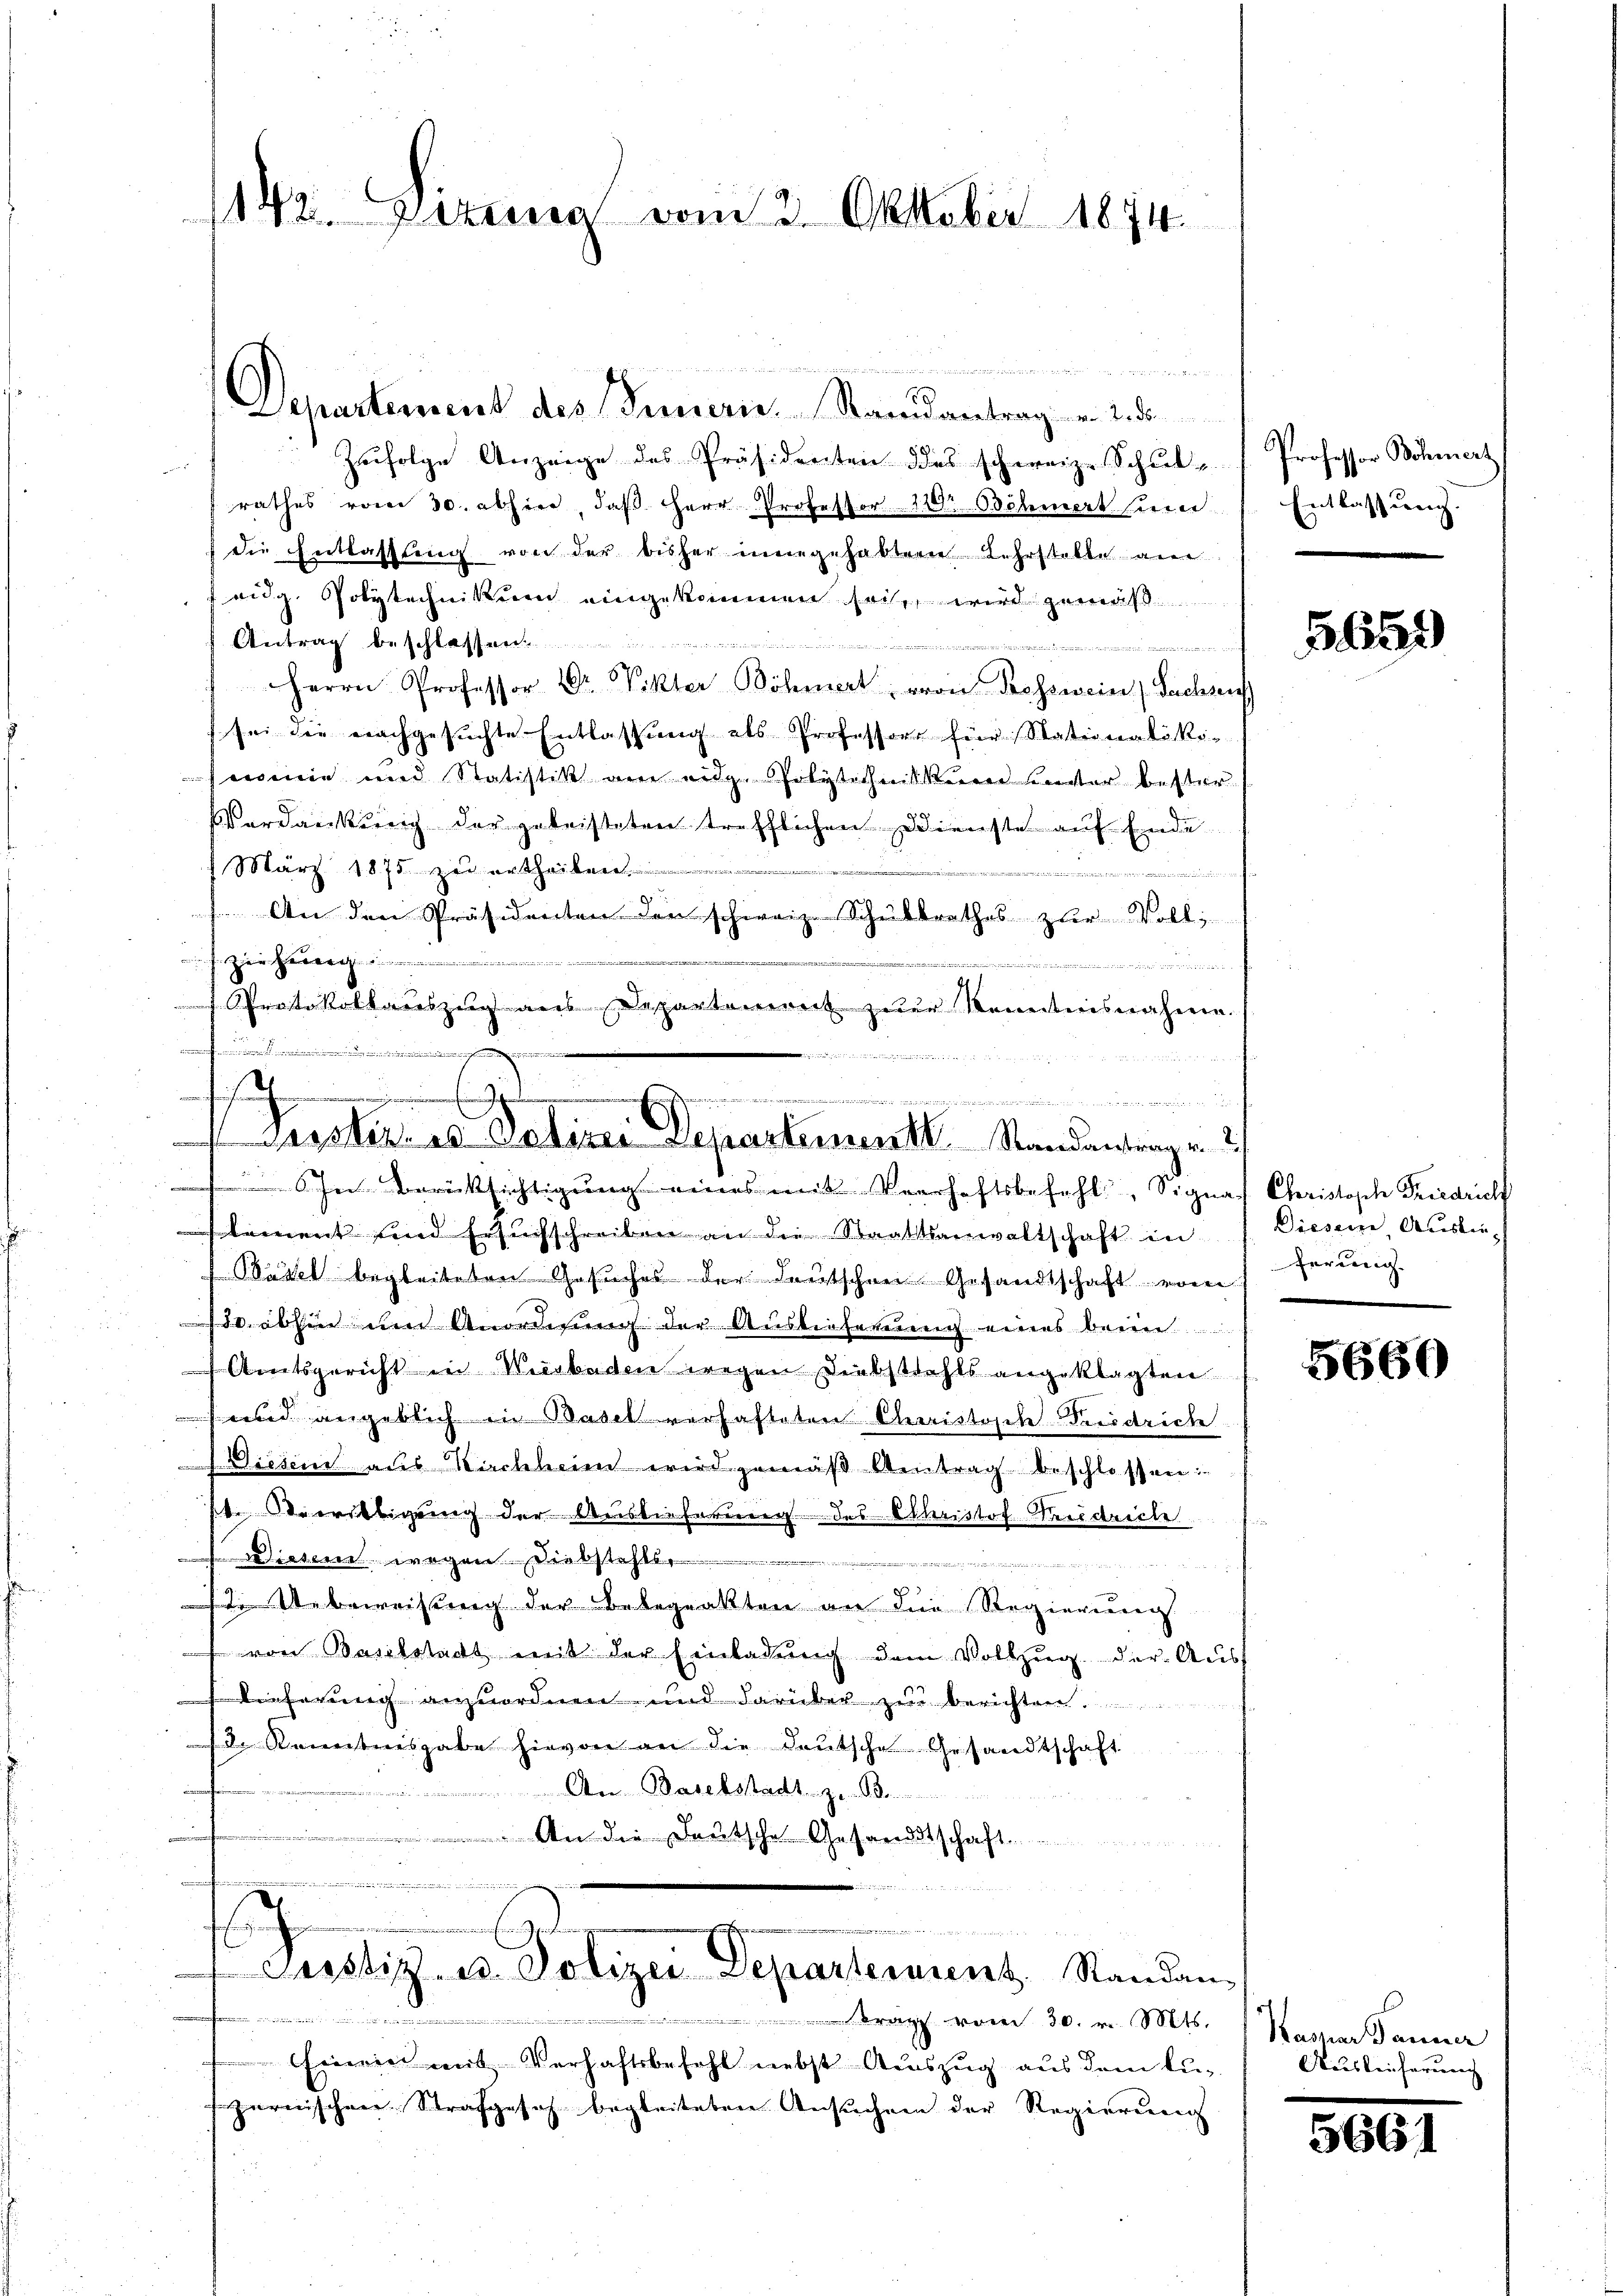
n
Departement des Innern Randantrag u. 2. di
Zufolge Anzeige des Präsidenten des schweiz. Schul-
rathes vom 30. abhin, daβ Herr Professor 120r Böhmert sie Entlassŭng.
 die Entlassung von der bisher eingehabten Lehrstelle an
 eidg. Polytechnikum eingekommen sei, wird gemäß
Antrag beschlossen.

iichen Rat 22
Herrn Professor Dr. Vikter Böhmert von Prossmeine Sachsen
sei die nachgesuchte Entlassung als Professors für Stationalöko-
sein und Statistik am eit. Polytechnikum unter bester
Verdankung der geleisteten trefflichen Dienste auf Ende
März 1875 zu ertheilen.
t
 ain ander Land und de
 An den Präsidenten den schweiz. Schultrathes zur Voll¬
.
ede

 Protokollauszug aus Departement zur Kenntnisnahmen.
ofen in den
immen in den nicht einen einen

142. Sizina vom 3. Oktober 1874.

ssachen

Justiz- u. Polizei Departement Randantrag v
Schen Berücksichtigung eines mit Verhaftsbefehl, Signaf Christoph Friedrich

ement sind Ersuchschreiben an die Staatsanwaltschaft in
Basel begleiteten Gesuches der deutschen Gesandtschaft vom ferung.
8. abhin den Anordnung der Ausliefernung eines bei
Amtsgericht in Weerbaden wegen Diebstahls angeklagten
d angeblich in Basel verhafteten Christische Friedrich
Diesen aus Kirchheim wird gemäß Antrag beschlossen:
4. Bewilligung der Auslieferung des Christof Verdreche
Diesen wegen Diebstahls,
 euerun
Unbeweisung der Bebequakten an die Regierung
 von Baselstadt mit der Einladŭng dem Vollzŭg der Aus
se lieferung anzuordnen und darüber zur Berichten
d. Renntnisgabe hievon an die deutsche Gesandtschaft
s
An Baselstadt zum Sonnen
 An die Deutsche Gesandtschaft

s
 Justiz- u. Polizei Departerrent, Standan-

Einen mit Verhaftsbefehl nebst Auszug aus dem Luzurnischen Strafgeseh begleiteten Ansuchen der Regierung

rp vom 30. v. Mts. Kaspar Tanner

Professor Böhmert

5659

Diessere Ausbie-

5660

Aausleiferung

500